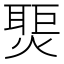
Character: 𬋀